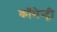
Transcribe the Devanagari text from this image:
कॉमेन्ट्री